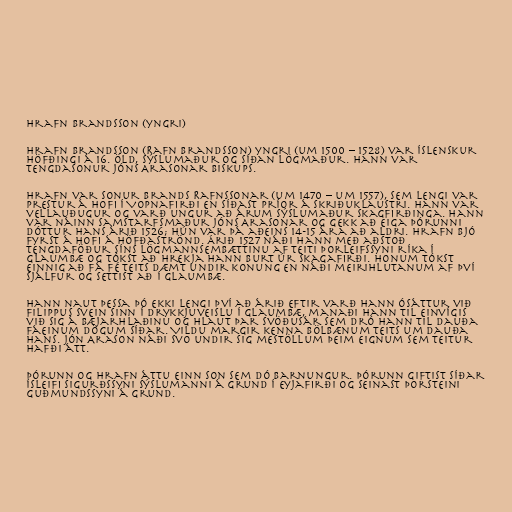
Hrafn Brandsson (yngri)

Hrafn Brandsson (Rafn Brandsson) yngri (um 1500 – 1528) var íslenskur
höfðingi á 16. öld, sýslumaður og síðan lögmaður. Hann var
tengdasonur Jóns Arasonar biskups.

Hrafn var sonur Brands Rafnssonar (um 1470 – um 1557), sem lengi var
prestur á Hofi í Vopnafirði en síðast príor á Skriðuklaustri. Hann var
vellauðugur og varð ungur að árum sýslumaður Skagfirðinga. Hann
var náinn samstarfsmaður Jóns Arasonar og gekk að eiga Þórunni
dóttur hans árið 1526; hún var þá aðeins 14-15 ára að aldri. Hrafn bjó
fyrst á Hofi á Höfðaströnd. Árið 1527 náði hann með aðstoð
tengdaföður síns lögmannsembættinu af Teiti Þorleifssyni ríka í
Glaumbæ og tókst að hrekja hann burt úr Skagafirði. Honum tókst
einnig að fá fé Teits dæmt undir konung en náði meirihlutanum af því
sjálfur og settist að í Glaumbæ.

Hann naut þessa þó ekki lengi því að árið eftir varð hann ósáttur við
Filippus svein sinn í drykkjuveislu í Glaumbæ, manaði hann til einvígis
við sig á bæjarhlaðinu og hlaut þar svöðusár sem dró hann til dauða
fáeinum dögum síðar. Vildu margir kenna bölbænum Teits um dauða
hans. Jón Arason náði svo undir sig mestöllum þeim eignum sem Teitur
hafði átt.

Þórunn og Hrafn áttu einn son sem dó barnungur. Þórunn giftist síðar
Ísleifi Sigurðssyni sýslumanni á Grund í Eyjafirði og seinast Þorsteini
Guðmundssyni á Grund.